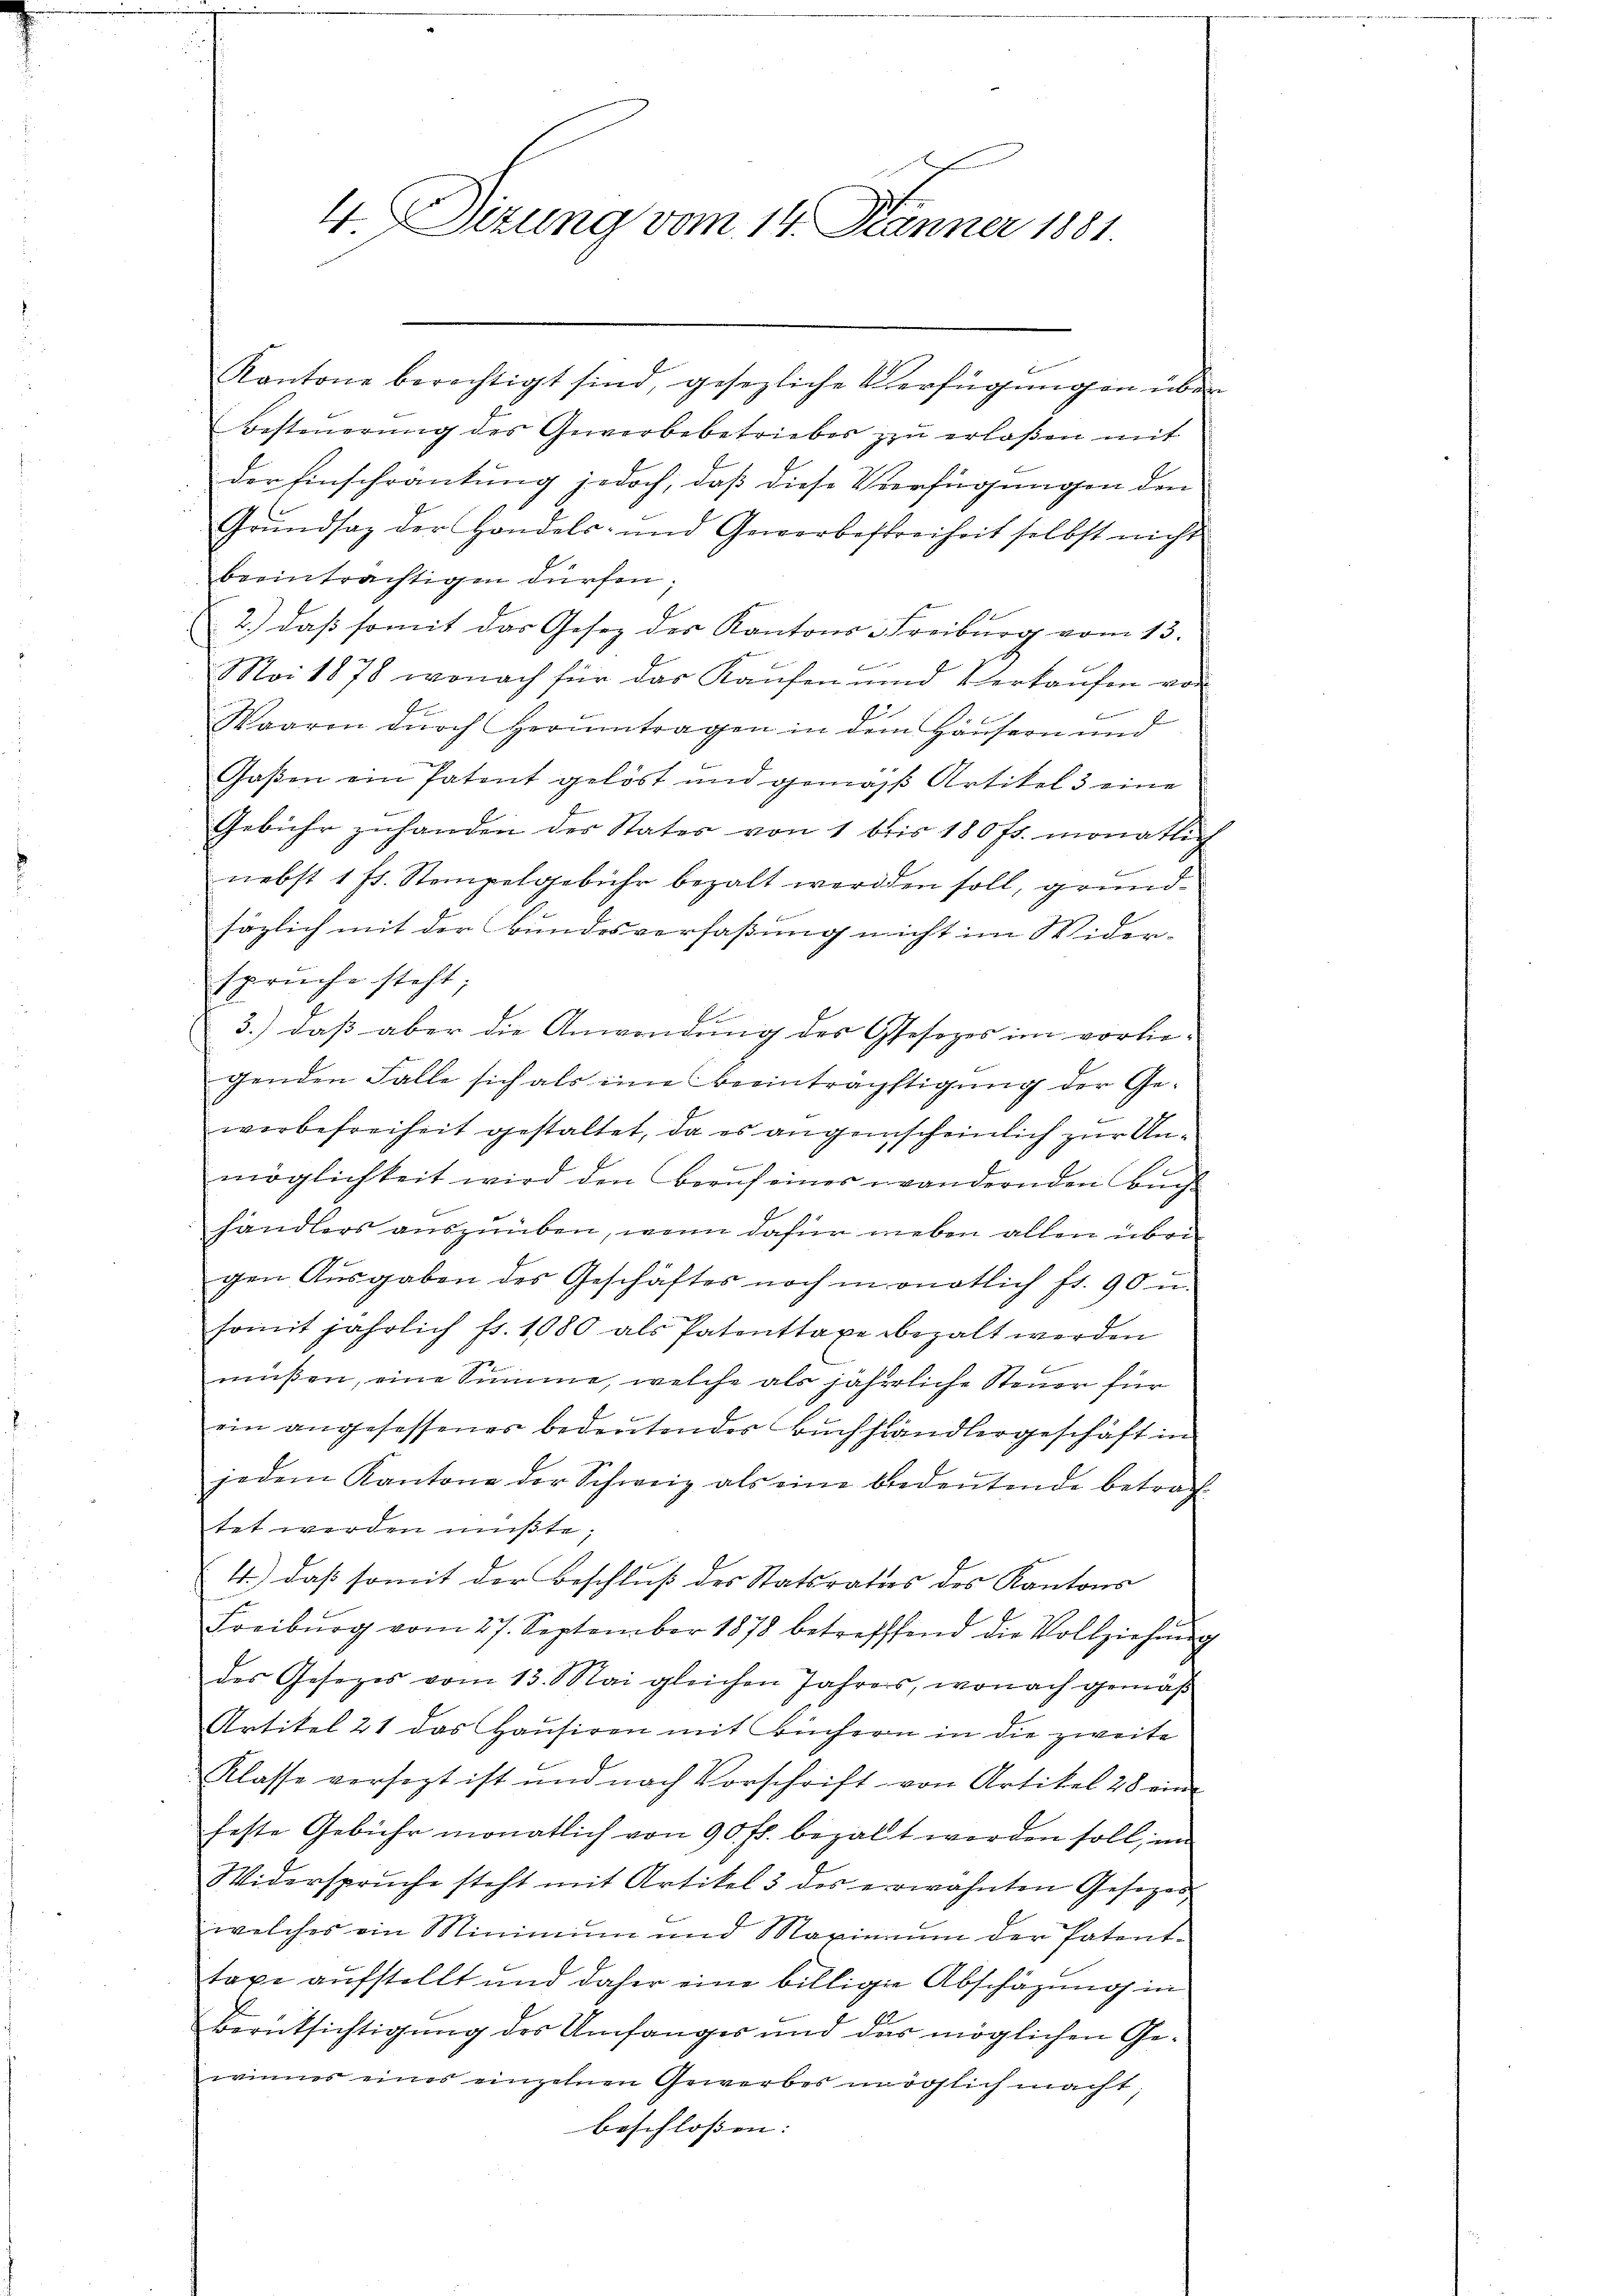
4 Sizung vom 14. Jänner 1881.

Kantone berechtigt sind, gesezliche Verfügungen über
Besteŭerŭng des Gewerbebetrieber zŭ erlaßen mit
der Einschränkung jedoch, daß diese Verfügungen den
Grŭndsaz der Handels- und Gewerbesfreiheit selbst nicht
beeinträchtigen dürfen.
2.) daß somit das Gesez der Kantons-Freiburg vom 13.
Mai 1878 wonach für das Kaŭfen und Verkaŭfen von
f
Waaren dŭrch Herumtragen in dem Häusern und
Gaßen ein Patent gelöst und gemäß Artikel 3 eine
Gebühr zuhanden des States von 1 bis 180 fr. monatlich
nebst 1 ff. Stempelgebühr bezalt werden soll, grundsäglich mit der Bundesverfaßung nicht im Wider-
spruche steht;
3.) daß aber die Anwendung der Gesezes im vorbe-
genden Falle sich als eine Beeinträchtigung der Ge-
werbefreiheit gestaltet, da es augenscheinlich zur Unt
möglichkeit wird den Beruf eines wandernden Buch
händlers auszuüben, wenn dafür neben allen über
gen Aŭsgaben des Geschäftes noch in onatlich fr. 90 u.
somit jährlich fr. 1080 als Patenttaxe bezalt werden
müßen, eine Summe, welche als jährliche Steuer für
ein angesessener bedeutendes Buchhändlergeschäft in
jedem Kantone der Schweiz als eine bedeŭtende betrach-
tet werden müßte;
4.) daß somit der Beschluß des Statsrates des Kantons
Freiburg vom 27. September 1878 betreffend die Vollziehung
des Gesezes vom 13. Mai gleichen Jahres, wonach gemäß
Artikel 21 das Hausiren mit Büchern in die zweite
Klasse versezt ist und nach Vorschrift von Artikel 28 ein
feste Gebühr monatlich von 90 fr. bezalt worden soll, im
Widerspruche steht mit Artikel 3 des erwähnten Gesetzes,
welches ein Minimum und Maximum der Patent-
taxe aufstellt und daher eine billige Abschazung in
Al
Berücksichtigung des Umfanges und das möglichen Ge-
winnes eines einzelnen Gewerbes undöslich macht;
beschlossen: